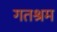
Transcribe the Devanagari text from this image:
गतश्रम